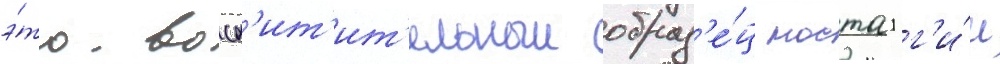
э́то восх'ит'ит'ельныи образ'е́ц ностальг'и́и